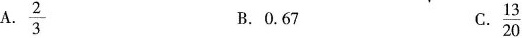
A.\frac{2}{3} B.0.67 C.\frac{13}{20}